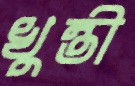
খুন্তী